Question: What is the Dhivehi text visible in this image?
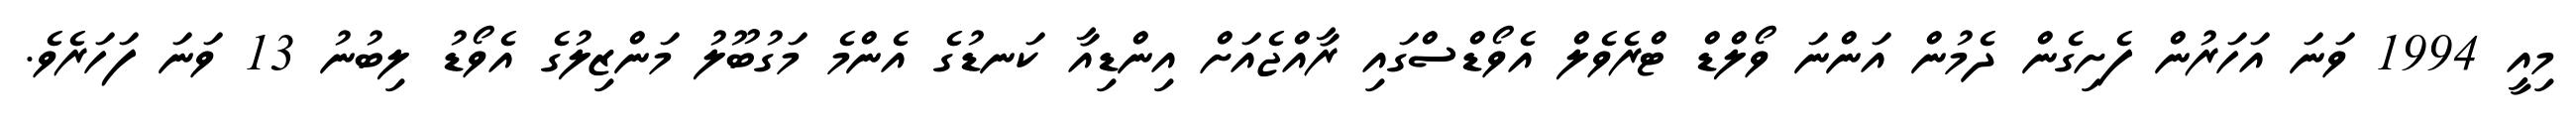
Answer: މިއީ 1994 ވަނަ އަހަރުން ފެށިގެން ދެމުން އަންނަ ވޯލްޑް ޓްރެވެލް އެވޯޑްސްގައި ރާއްޖެއަށް އިންޑިއާ ކަނޑުގެ އެންމެ މަގުބޫލު މަންޒިލުގެ އެވޯޑު ލިބުނު 13 ވަނަ ފަހަރެވެ.